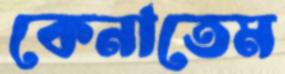
কেনাতেম